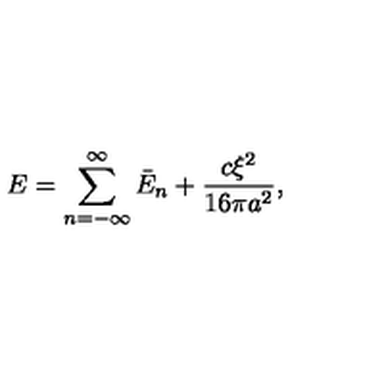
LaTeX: E = \sum _ { n = - \infty } ^ { \infty } \bar { E } _ { n } + \frac { c \xi ^ { 2 } } { 1 6 \pi a ^ { 2 } } { , }